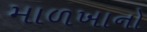
માળખાનો